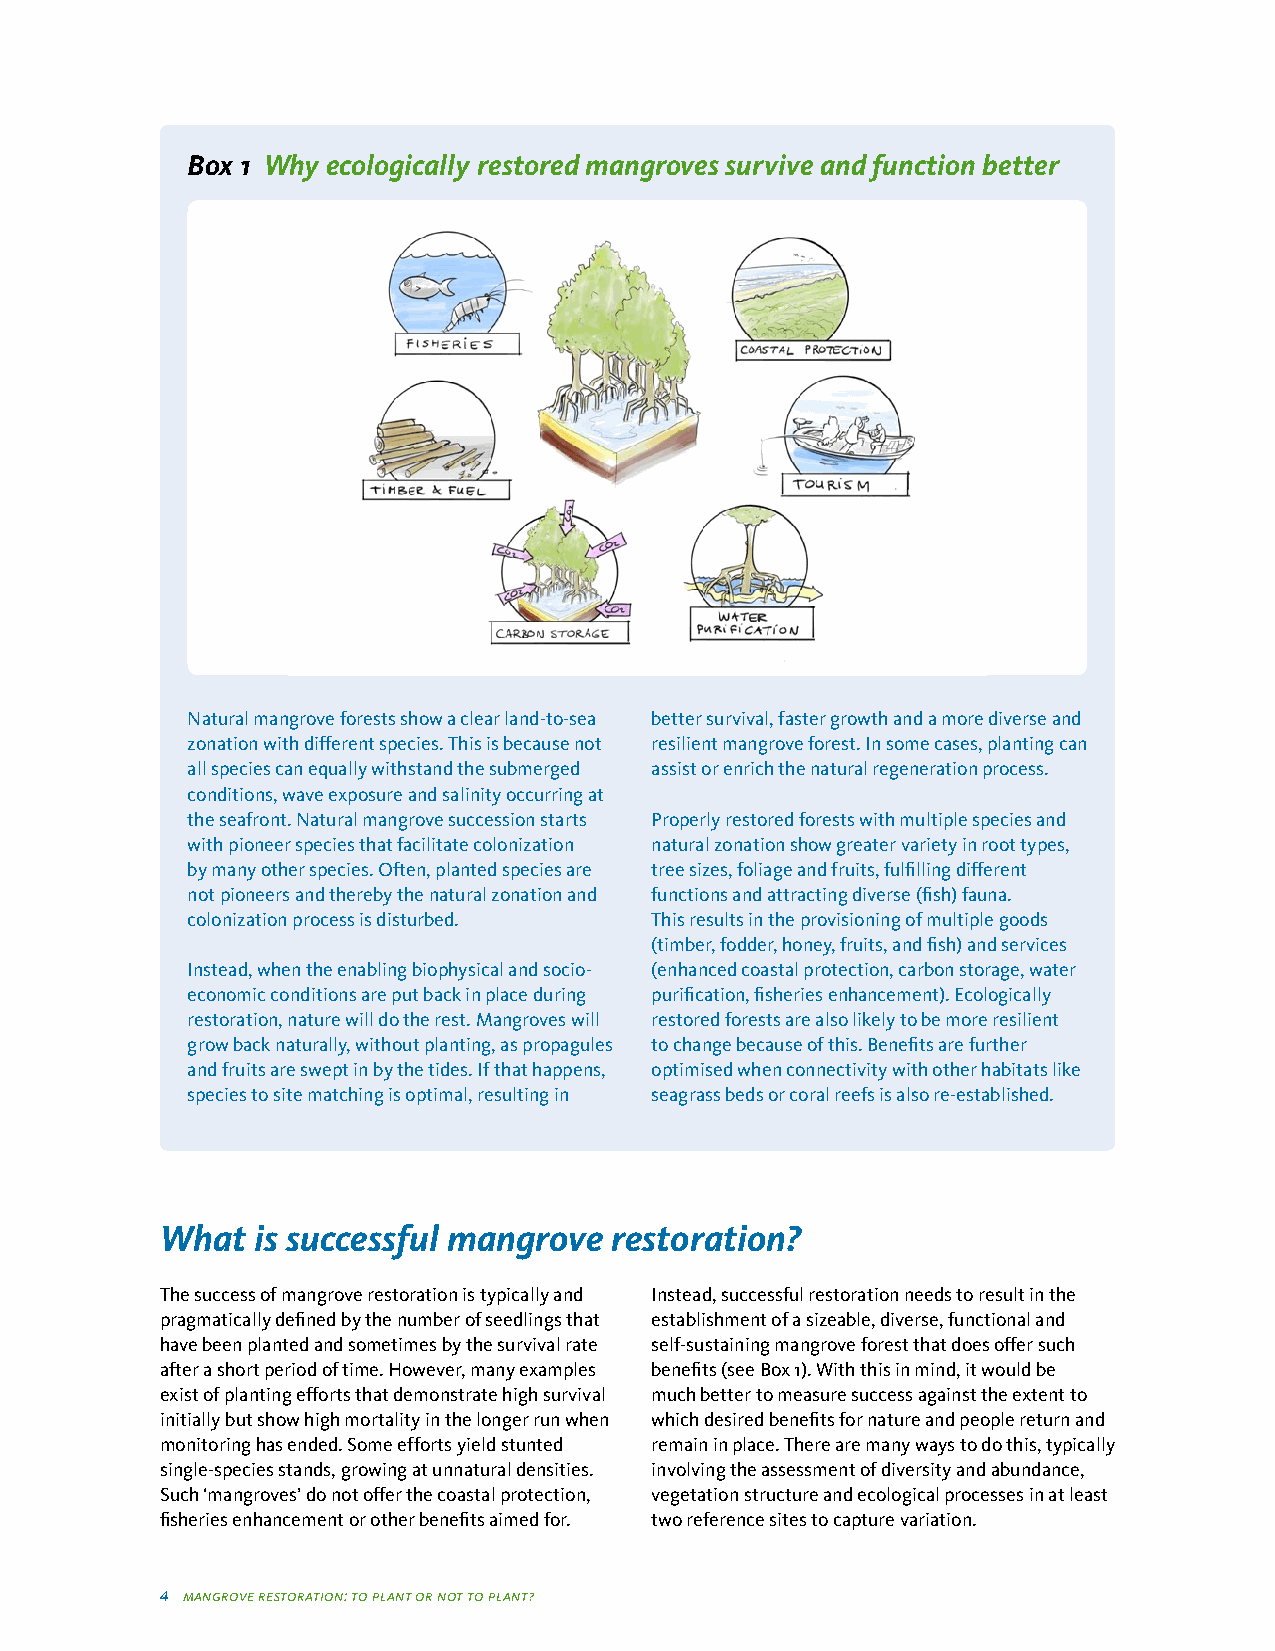
Box 1 Why ecologically restored mangroves survive and function better
 Natural mangrove forests show a clear land-to-sea better survival, faster growth and a more diverse and
 zonation with different species. This is because not resilient mangrove forest. In some cases, planting can
 all species can equally withstand the submerged assist or enrich the natural regeneration process.
 conditions, wave exposure and salinity occurring at
 the seafront. Natural mangrove succession starts Properly restored forests with multiple species and
 with pioneer species that facilitate colonization natural zonation show greater variety in root types,
 by many other species. Often, planted species are tree sizes, foliage and fruits, fulfilling different
 not pioneers and thereby the natural zonation and functions and attracting diverse (fish) fauna.
 colonization process is disturbed. This results in the provisioning of multiple goods
 (timber, fodder, honey, fruits, and fish) and services
 Instead, when the enabling biophysical and socio- (enhanced coastal protection, carbon storage, water
 economic conditions are put back in place during purification, fisheries enhancement). Ecologically
 restoration, nature will do the rest. Mangroves will restored forests are also likely to be more resilient
 grow back naturally, without planting, as propagules to change because of this. Benefits are further
 and fruits are swept in by the tides. If that happens, optimised when connectivity with other habitats like
 species to site matching is optimal, resulting in seagrass beds or coral reefs is also re-established.
 What  is successful mangrove restoration?
 The success of mangrove restoration is typically and Instead, successful restoration needs to result in the
 pragmatically defined by the number of seedlings that establishment of a sizeable, diverse, functional and
 have been planted and sometimes by the survival rate self-sustaining mangrove forest that does offer such
 after a short period of time. However, many examples benefits (see Box 1). With this in mind, it would be
 exist of planting efforts that demonstrate high survival much better to measure success against the extent to
 initially but show high mortality in the longer run when which desired benefits for nature and people return and
 monitoring has ended. Some efforts yield stunted remain in place. There are many ways to do this, typically
 single-species stands, growing at unnatural densities. involving the assessment of diversity and abundance,
 Such ‘mangroves’ do not offer the coastal protection, vegetation structure and ecological processes in at least
 fisheries enhancement or other benefits aimed for. two reference sites to capture variation.
 4 mangrove restoration: to plant or not to plant?